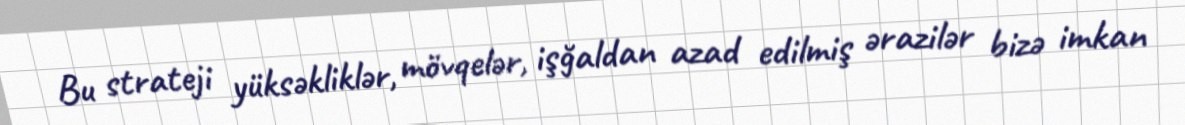
Bu strateji yüksəkliklər, mövqelər, işğaldan azad edilmiş ərazilər bizə imkan